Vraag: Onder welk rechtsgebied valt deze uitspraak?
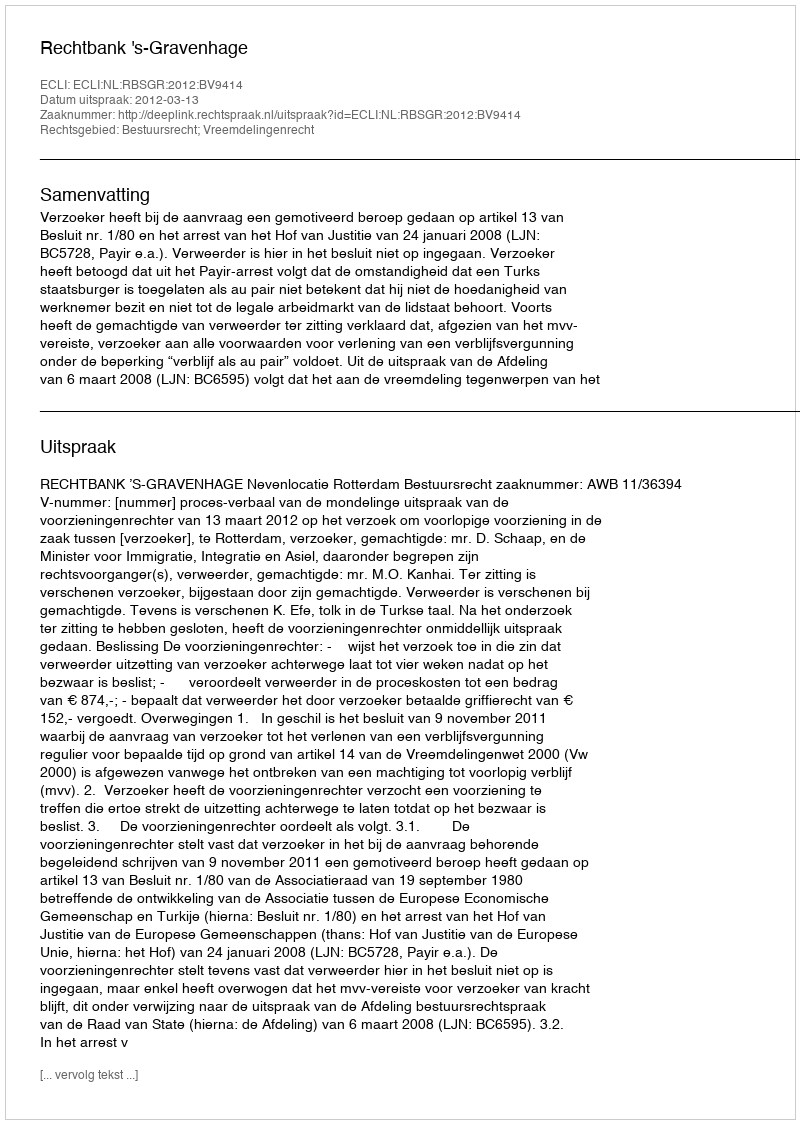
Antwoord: Bestuursrecht; Vreemdelingenrecht